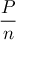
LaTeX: \frac { P } { n }